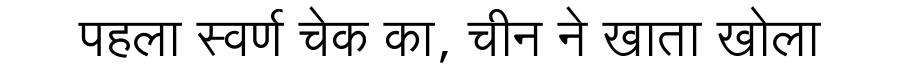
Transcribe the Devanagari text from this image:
पहला स्वर्ण चेक का, चीन ने खाता खोला